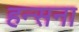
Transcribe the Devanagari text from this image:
हन्सना